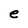
Character: e